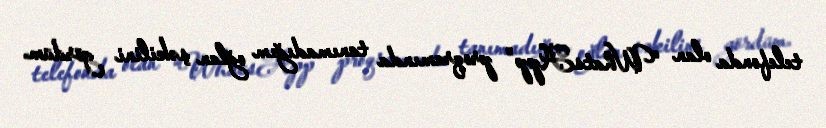
telefonda olan “WhatsApp” proqramında tanımadığım oğlan şəkilini gördüm.